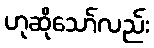
ဟုဆိုသော်လည်း